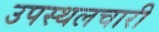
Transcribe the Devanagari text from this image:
उपस्थलचारी